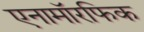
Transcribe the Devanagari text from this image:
एनामॉरफिक